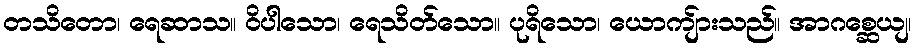
တသိတော၊ ရေဆာသ။ ဝိပါသော၊ ရေသိတ်သော။ ပုရိသော၊ ယောကျ်ားသည်။ အာဂစ္ဆေယျ၊